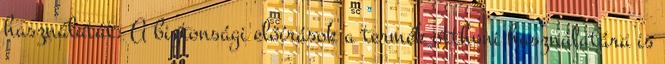
használatát. A biztonsági előírások a termék otthoni használatára is